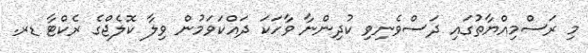
މި ރަސްމިއްޔާތުގައި ދަސްވެނިވި ކުދިންނާ ވާހަކަ ދައްކަވަމުން ވިލާ ކޮލެޖްގެ ރެކްޓާ ޑރ.